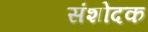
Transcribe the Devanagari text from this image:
संशोदक